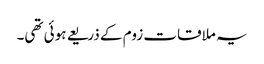
یہ ملاقات زوم کے ذریعے ہوئی تھی۔